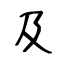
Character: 及